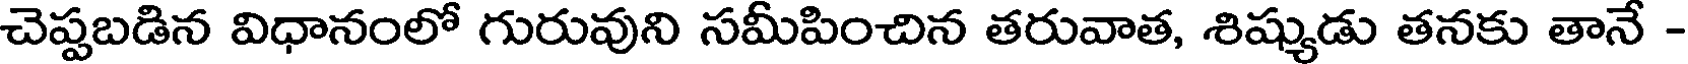
చెప్పబడిన విధానంలో గురువుని సమీపించిన తరువాత, శిష్యుడు తనకు తానే -